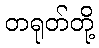
တရုတ်တို့